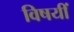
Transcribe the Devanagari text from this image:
विषयीं